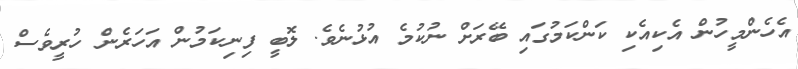
އެހެންމީހުން އެކިއެކި ކަންކަމުގައި ބޭރަށް ނުކުމެ އުޅުނެވެ. ލޮބީ ފިނިކަމުން އަހަރެން ހުރީވެސް